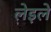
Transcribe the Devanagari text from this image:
लेइले